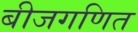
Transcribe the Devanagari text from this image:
बीजगणित